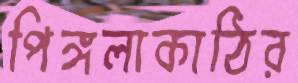
পিঙ্গলাকাঠির